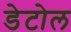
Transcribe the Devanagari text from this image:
डेटोल